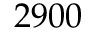
2 9 0 0